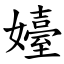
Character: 嬯